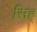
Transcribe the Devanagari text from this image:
सिह्